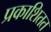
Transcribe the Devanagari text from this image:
प्रकाशितत